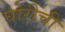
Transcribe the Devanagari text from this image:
घोरीची